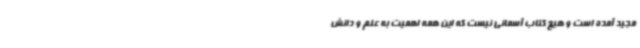
مجید آمده است و هیچ کتاب آسمانی نیست که این همه اهمیت به علم و دانش